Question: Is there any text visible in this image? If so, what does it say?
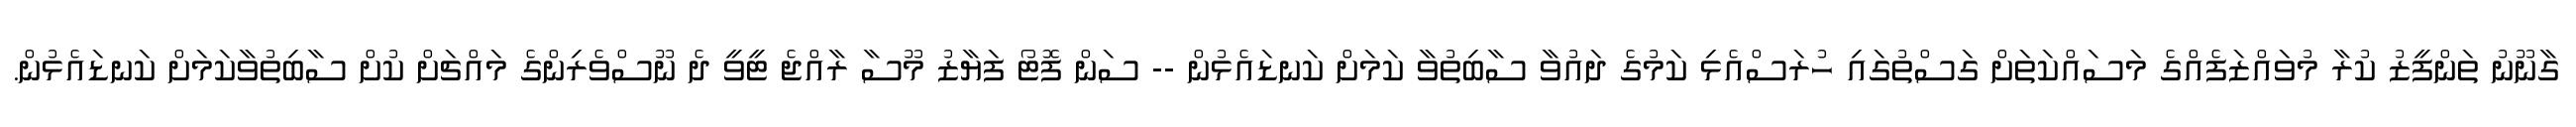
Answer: ގާނޫނު ތަންފީޒު ކުރާ މުވައްޒަފެއްގެ މަސައްކަތަށް ގަސްތުގައި ހުރަސްއެޅި ކަމުގެ ދައުވާ ސާބިތުވާ ކަމަށް ކަނޑައެޅުން -- ސަން ފޮޓޯ ފަޔާޒު މޫސާ ރާއްޖެ ޓީވީ ދެ ނޫސްވެރިންގެ މައްޗަށް ކުށް ސާބިތުވާކަމަށް ކަނޑައެޅުން.